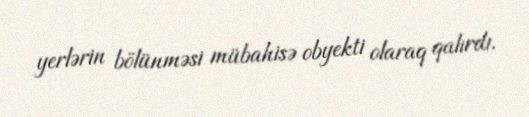
yerlərin bölünməsi mübahisə obyekti olaraq qalırdı.